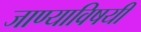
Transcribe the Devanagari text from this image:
जाण्याविषयी